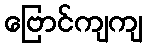
ဗြောင်ကျကျ